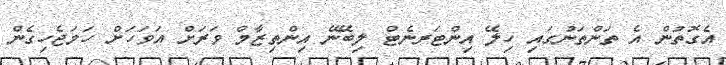
އެގޮތުން އެ ތަންތަނުގައި ހިލޭ އިންޓަރނެޓް ލިބޭނޭ އިންތިޒާމް ވަރަށް އަވަހަށް ހަމަޖެހިގެން